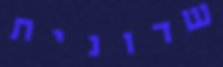
שדונית